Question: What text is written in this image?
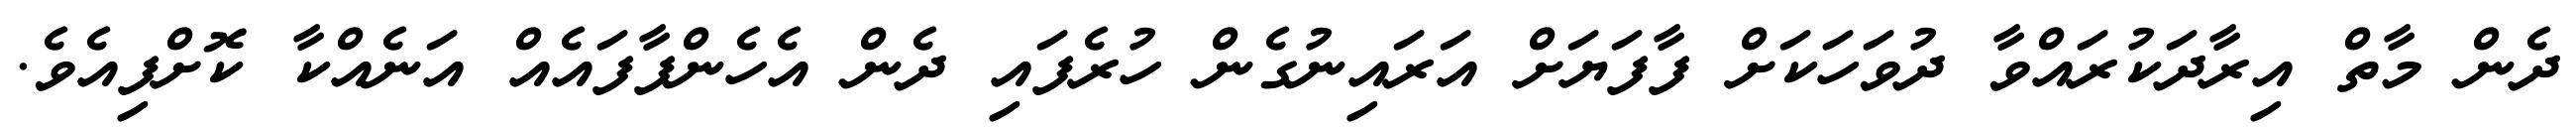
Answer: ދެން މާތް އިރާދަކުރައްވާ ދުވަހަކަށް ފާފަޔަށް އަރައިނުގެން ހުރެފައި ދެން އެހެންފާފައެއް އަނެއްކާ ކޮށްފިއެވެ.